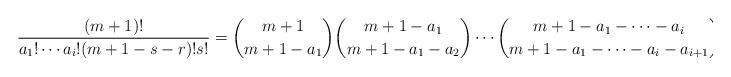
LaTeX: \begin{align*}\frac{(m+1)!}{a_{1}!\cdots a_{i}!(m+1-s-r)!s!}=\binom{m+1}{m+1-a_{1}}\binom{m+1-a_{1}}{m+1-a_{1}-a_{2}}\cdots\binom{m+1-a_{1}-\cdots-a_{i}}{m+1-a_{1}-\cdots-a_{i}-a_{i+1}}\end{align*}